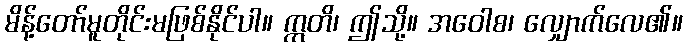
မိန့်တော်မူတိုင်းမဖြစ်နိုင်ပါ။ ဣတိ၊ ဤသို့။ အဝေါစ၊ လျှောက်လေ၏။